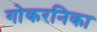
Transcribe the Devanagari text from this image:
गोकरनिका